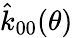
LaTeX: \hat{k}_{00}(\theta)